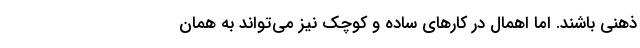
ذهنی باشند. اما اهمال در کارهای ساده و کوچک نیز می‌تواند به همان